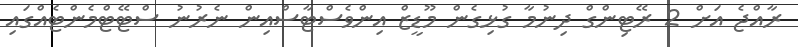
ރާއްޖެ އަށް 2 ރޭޓިންގް ދިނުމާ ގުޅިގެން މޫޑީޒް އިންވެސްޓާސްއިން ނެރުނު ސްޓޭޓްމެންޓެއްގައި